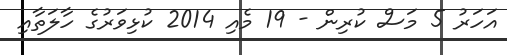
އަހަރު 5 މަސް ކުރިން - 19 މެއި 2014 ކުޅިވަރުގެ ހާލަތާއި